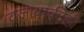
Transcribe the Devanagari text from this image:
वजाबाकीही